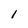
Character: l